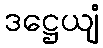
ဒဋ္ဌေယျံ